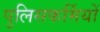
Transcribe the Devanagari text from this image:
पुलिसकर्मियों